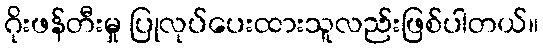
ဂိုးဖန်တီးမှု ပြုလုပ်ပေးထားသူလည်းဖြစ်ပါတယ်။